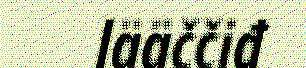
lääččiđ